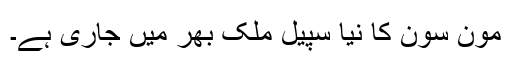
مون سون کا نیا سپیل ملک بھر میں جاری ہے۔